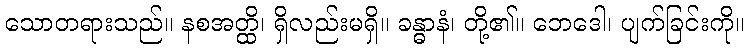
သောတရားသည်။ နစအတ္ထိ၊ ရှိလည်းမရှိ။ ခန္ဓာနံ၊ တို့၏။ ဘေဒေါ၊ ပျက်ခြင်းကို။